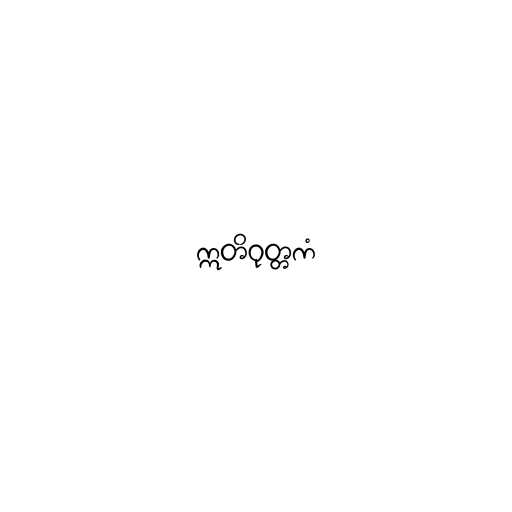
ဣတိဝုတ္တကံ